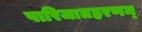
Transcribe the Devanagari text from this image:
पारिजातहरणम्